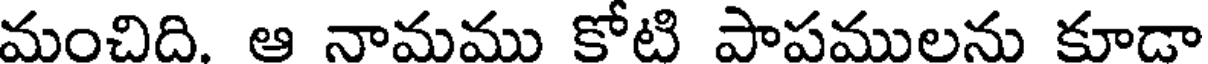
మంచిది. ఆ నామము కోటి పాపములను కూడా